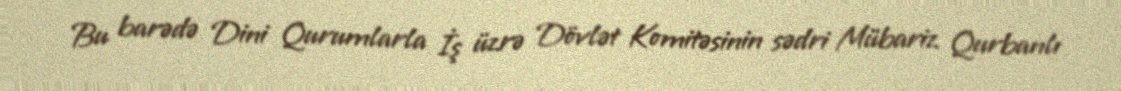
Bu barədə Dini Qurumlarla İş üzrə Dövlət Komitəsinin sədri Mübariz Qurbanlı